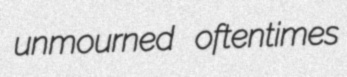
unmourned oftentimes